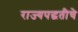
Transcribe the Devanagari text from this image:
राज्यपद्धतीचे